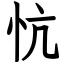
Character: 忼